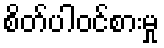
စိတ်ပါဝင်စားမှု